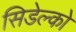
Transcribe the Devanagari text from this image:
सिडेल्को